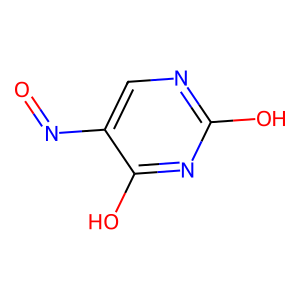
SMILES: O=Nc1cnc(O)nc1O
Inhibits HIV replication: No